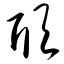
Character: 颀